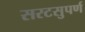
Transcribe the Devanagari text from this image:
सरटसुपर्ण